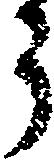
う